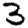
Digit: 3